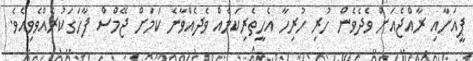
ޕީއަށާއި ރާއްޖެއަށް ވެދެވެން ހުރި ހުރިހާ އެހީތެރިކަމެއް ވެދެއްވާނެ ކަމަށް ޖޭމްސް ފާހަގަކުރެއްވެވިއެވެ.